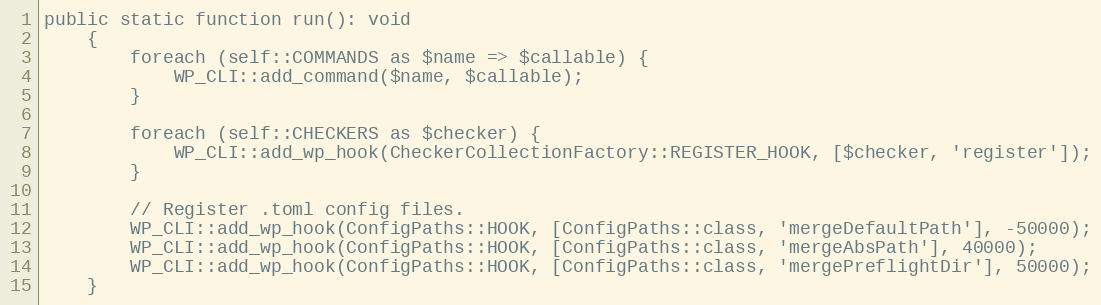
Language: PHP
public static function run(): void
    {
        foreach (self::COMMANDS as $name => $callable) {
            WP_CLI::add_command($name, $callable);
        }

        foreach (self::CHECKERS as $checker) {
            WP_CLI::add_wp_hook(CheckerCollectionFactory::REGISTER_HOOK, [$checker, 'register']);
        }

        // Register .toml config files.
        WP_CLI::add_wp_hook(ConfigPaths::HOOK, [ConfigPaths::class, 'mergeDefaultPath'], -50000);
        WP_CLI::add_wp_hook(ConfigPaths::HOOK, [ConfigPaths::class, 'mergeAbsPath'], 40000);
        WP_CLI::add_wp_hook(ConfigPaths::HOOK, [ConfigPaths::class, 'mergePreflightDir'], 50000);
    }